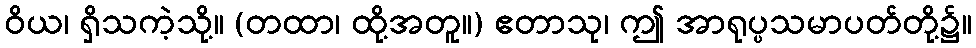
ဝိယ၊ ရှိသကဲ့သို့။ (တထာ၊ ထို့အတူ။) ဧတာသု၊ ဤ အာရုပ္ပသမာပတ်တို့၌။